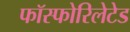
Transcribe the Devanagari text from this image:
फॉस्फोरिलेटेड